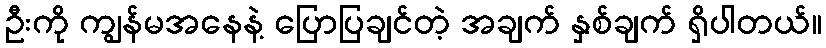
ဦးကို ကျွန်မအနေနဲ့ ပြောပြချင်တဲ့ အချက် နှစ်ချက် ရှိပါတယ်။